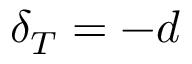
\delta _ { T } = - d